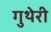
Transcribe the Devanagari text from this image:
गुथेरी